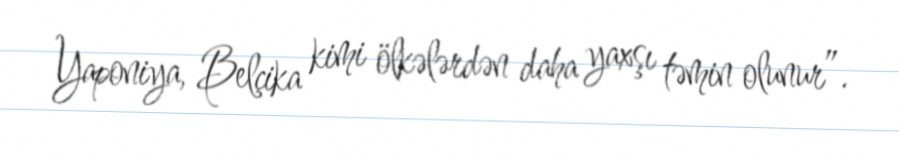
Yaponiya, Belçika kimi ölkələrdən daha yaxşı təmin olunur”.